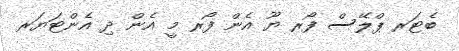
ބެޓަރ ޕްލޭސް ފޯރ ޔޫ އެން ފޯރ މީ އެން ދި އެންޓަޔަރ